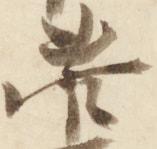
菅